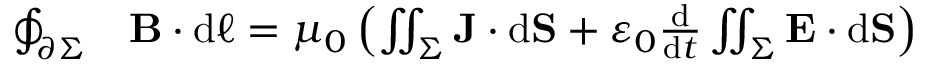
{ \begin{array} { r l } { \oint _ { \partial \Sigma } } & { \mathbf { B } \cdot \mathrm { d } { \boldsymbol { \ell } } = \mu _ { 0 } \left( \iint _ { \Sigma } \mathbf { J } \cdot \mathrm { d } \mathbf { S } + \varepsilon _ { 0 } { \frac { \mathrm { d } } { \mathrm { d } t } } \iint _ { \Sigma } \mathbf { E } \cdot \mathrm { d } \mathbf { S } \right) } \end{array} }